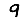
Digit: 9